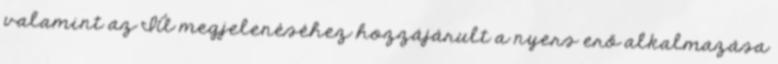
valamint az IÁ megjelenéséhez hozzájárult a nyers erő alkalmazása